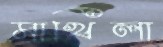
মাখিলা